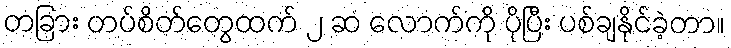
တခြား တပ်စိတ်တွေထက် ၂ ဆ လောက်ကို ပိုပြီး ပစ်ချနိုင်ခဲ့တာ။